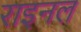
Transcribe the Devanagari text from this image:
राइनल